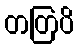
တတြပိ